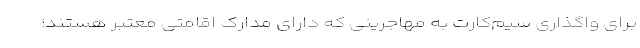
برای واگذاری سیم‌کارت به مهاجرینی که دارای مدارک اقامتی معتبر هستند؛